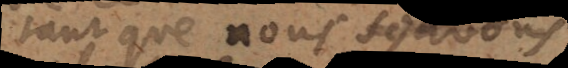
tant que nous nous